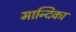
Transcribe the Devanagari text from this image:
मान्दिका